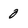
Character: 0